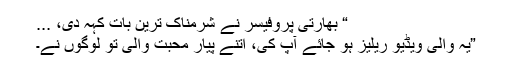
“ بھارتی پروفیسر نے شرمناک ترین بات کہہ دی، ...
”یہ والی ویڈیو ریلیز ہو جائے آپ کی، اتنے پیار محبت والی تو لوگوں نے۔